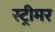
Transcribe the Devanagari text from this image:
स्ट्रीमर